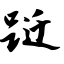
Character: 跹